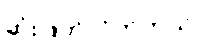
ဆုံးဖြတ်လိုက်တယ်။